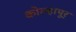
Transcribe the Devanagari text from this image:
कोल्हापूर्